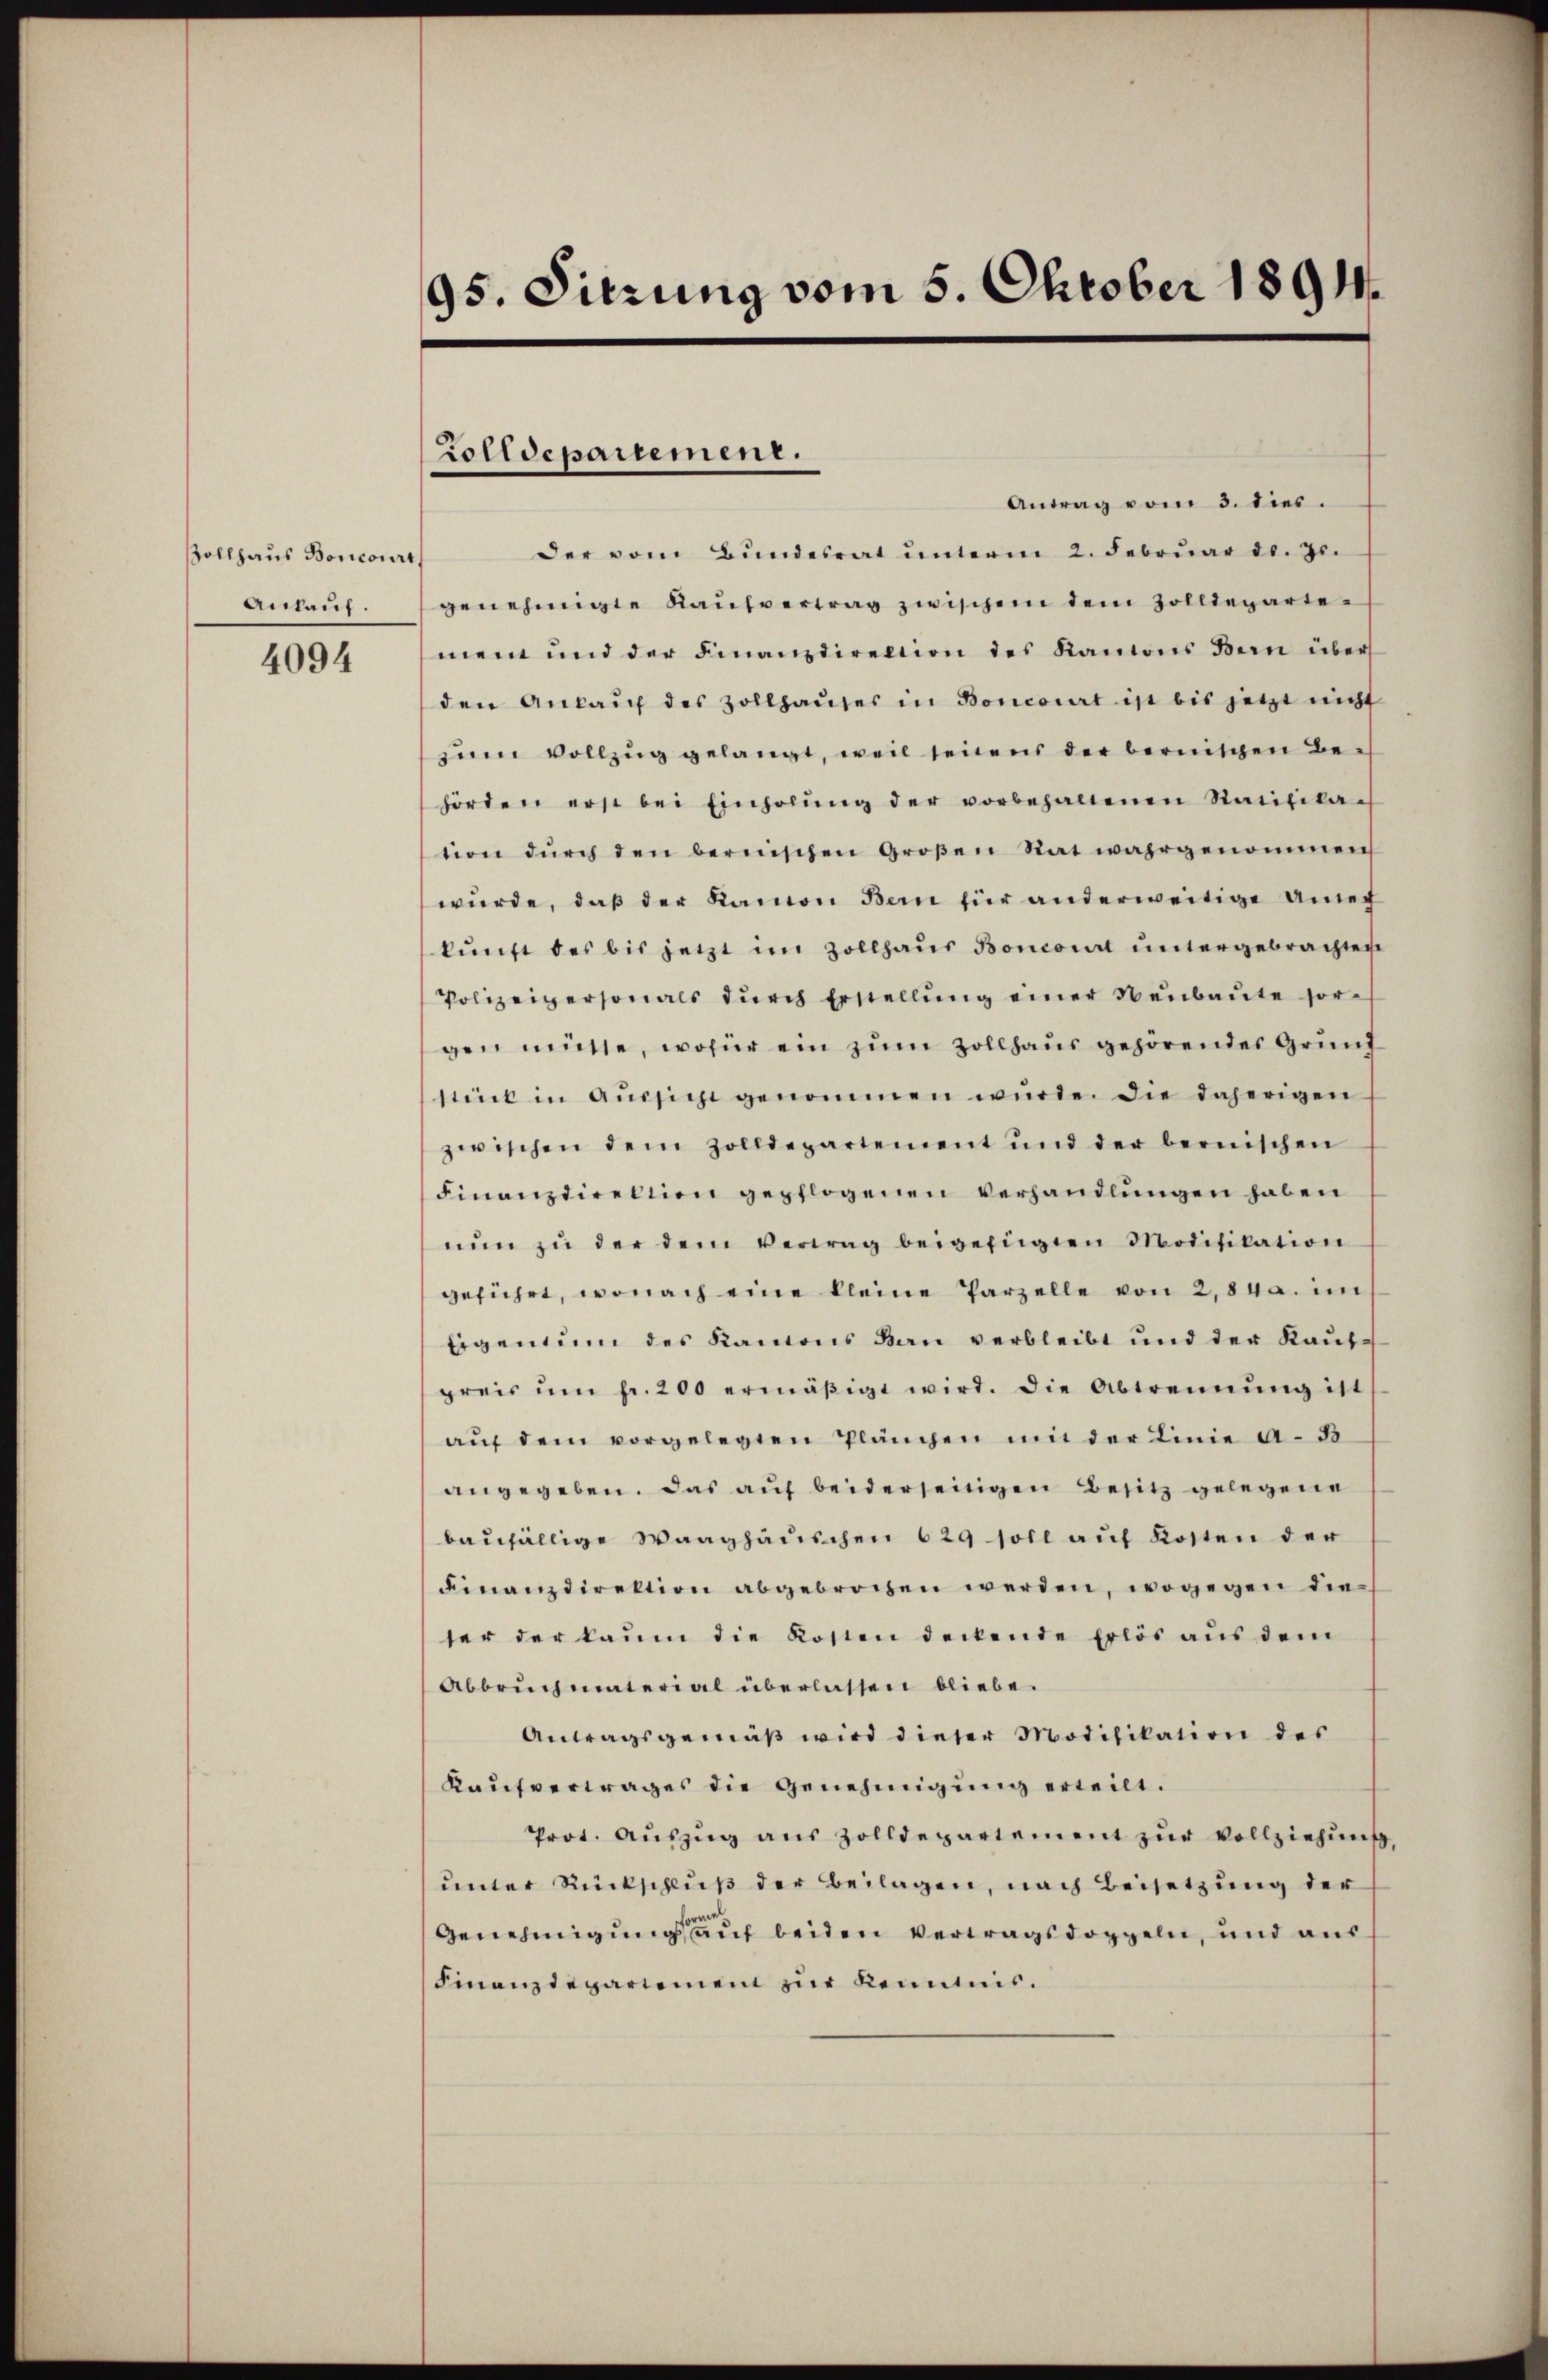
Zollhaus Boncourt
Ankauf.

4094

95. Sitzung vom 5. Oktober 1891.

rolldepartement.

Antrag vom 3. dies.
der vom Bundesrat ŭnterm 2. Februar d. Js.
genehmigte Kaufvertrag zwischen dem Zolldepartemen und der Finanzdirektion des Kantons Bern über
den Ankaŭf des Zollhaŭses in Boncourt ist bis jetzt nicht
zŭm Vollzug gelangt, weil seitens der bernischen Be-
hörden erst bei Einholŭng der vorbehaltenen Ratifika-
tion dŭrch den bernischen Großen Rat wahrgenommen
wŭrde, daβ der Kamon Bern für anderweitige Aner
kunft des bis jetzt im Zollhaus Boncourt untergebrachten
Polizeigersonals dŭrch Erstellŭng einer Neŭbaŭte sor-
gen müsse, wofür ein zum Zollhaus gehörendes Grund
stirt in Aŭssicht genommen wurde. Die daherigen
zwischen dem Zolldepartement und der bernischen
Finanzdirektion gepflogenen Verhandlungen haben
nŭn zŭ der dem Vertrag beigefügten Modifikation
geführt, wonach eine kleine Parzelle von 2,84a. im
Eigentum des Kamons Bau verbleibt und der Kaufpreis ŭm fr. 200 ermäβigt wird. Die Abtrennung ist
aŭf dem vorgelegten Plänchen mit der Linie a. S
angegeben. Das auf beiderseitigen Besitz gelegene
baufällige Waaghäuschen 629 soll auf Kosten der
Finanzdirektion abgebrochen werden, wogegen dieter der kaum die Kosten deckende Erlös aus dem
Abbruchmaterial überlassen bliebe.
Antragsgemäß wird dieser Modifikation des
Kaŭfvertrages die Genehmigung erteilt.
Prot. Auszug aus Zolldepartement zur Vollziehung,
unter Rückschluß der Beilagen, nach Beisetzung der
Genehmigung auf beiden Vertragsdoppeln, und aus
Finanzdepartemen zur Kenntnis¬